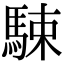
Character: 駷